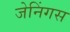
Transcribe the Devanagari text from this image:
जेनिंगस